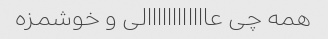
همه چی عاااااااااااالی و خوشمزه